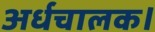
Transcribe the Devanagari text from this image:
अर्धचालक।